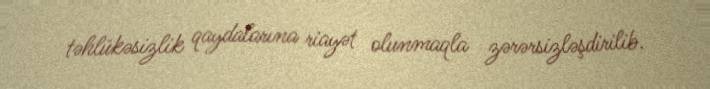
təhlükəsizlik qaydalarına riayət olunmaqla zərərsizləşdirilib.